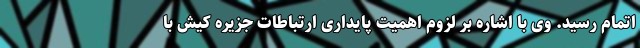
اتمام رسید. وی با اشاره بر لزوم اهمیت پایداری ارتباطات جزیره کیش با